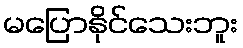
မပြောနိုင်သေးဘူး